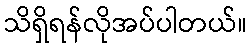
သိရှိရန်လိုအပ်ပါတယ်။